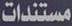
مستندات